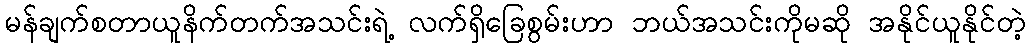
မန်ချက်စတာယူနိက်တက်အသင်းရဲ့ လက်ရှိခြေစွမ်းဟာ ဘယ်အသင်းကိုမဆို အနိုင်ယူနိုင်တဲ့